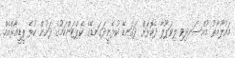
މައުލޫމާތު މުއްސަނދިވި ލިވަޕޫލާ ދެކޮޅަށް ދަގަނޑޭ ކުޅެނީދަގަނޑޭގެ ކެޕްޓަންކަމުގެ ދަށުން ކުޅެ ޕީޑީއާރްއެމް